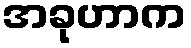
အခုဟာက